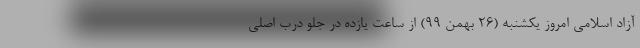
آزاد اسلامی امروز یکشنبه (۲۶ بهمن ۹۹) از ساعت یازده در جلو درب اصلی